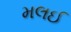
મલઈ